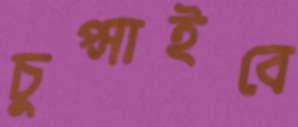
চুপ্‌সাইবে